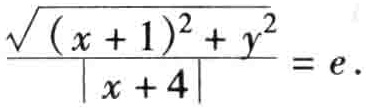
\(\frac{\sqrt{(x + 1)^{2}+y^{2}}}{\vert x + 4\vert}=e\)